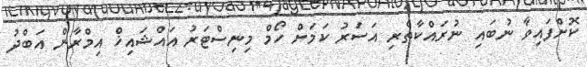
ކޮށްފައިވާ ނުބައި ނުރައްކާތެރި އަސަރު ކަމަށް ހޯމް މިނިސްޓަރު އައްޝައިޚް އިމްރާން އަބްދު